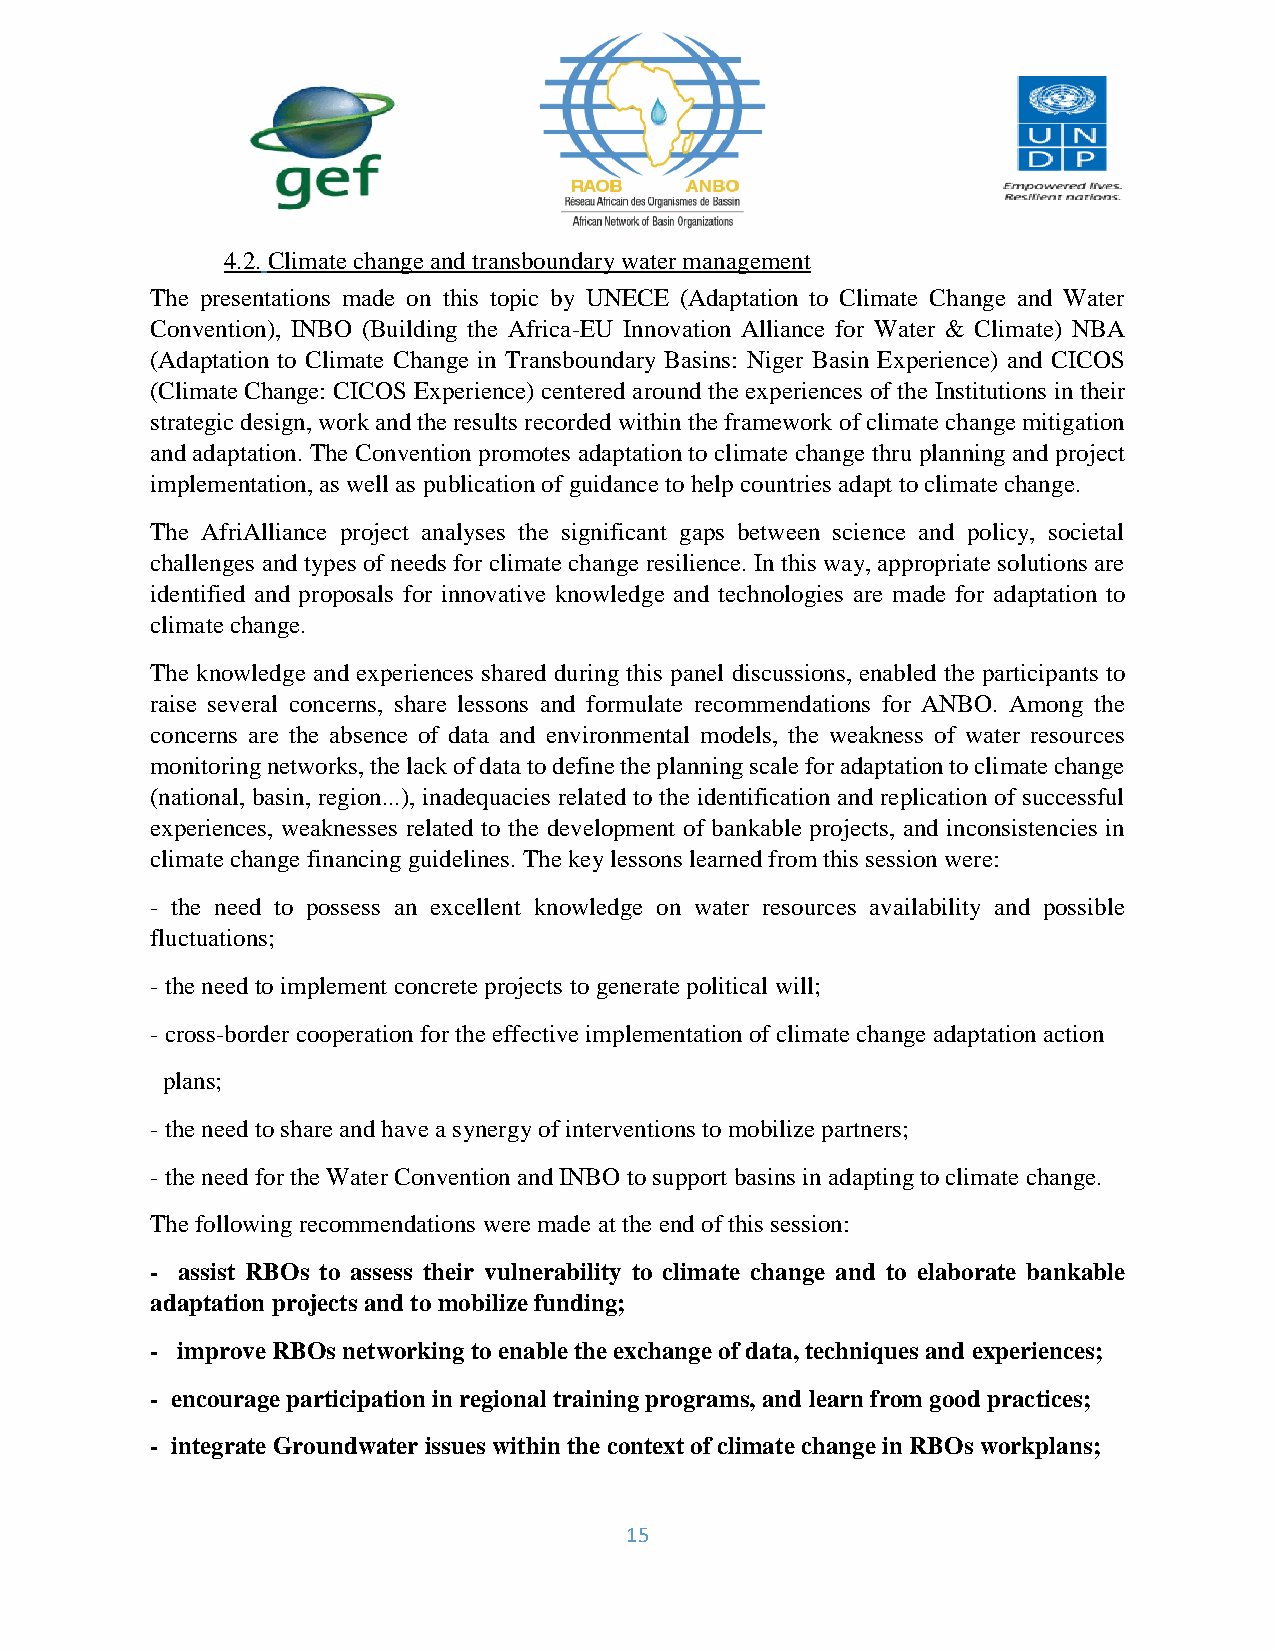
4.2. Climate change and transboundary water management
 The presentations made on this topic by UNECE (Adaptation to Climate Change and Water
 Convention), INBO (Building the Africa-EU Innovation Alliance for Water & Climate) NBA
 (Adaptation to Climate Change in Transboundary Basins: Niger Basin Experience) and CICOS
 (Climate Change: CICOS Experience) centered around the experiences of the Institutions in their
 strategic design, work and the results recorded within the framework of climate change mitigation
 and adaptation. The Convention promotes adaptation to climate change thru planning and project
 implementation, as well as publication of guidance to help countries adapt to climate change.
 The AfriAlliance project analyses the significant gaps between science and policy, societal
 challenges and types of needs for climate change resilience. In this way, appropriate solutions are
 identified and proposals for innovative knowledge and technologies are made for adaptation to
 climate change.
 The knowledge and experiences shared during this panel discussions, enabled the participants to
 raise several concerns, share lessons and formulate recommendations for ANBO. Among the
 concerns are the absence of data and environmental models, the weakness of water resources
 monitoring networks, the lack of data to define the planning scale for adaptation to climate change
 (national, basin, region...), inadequacies related to the identification and replication of successful
 experiences, weaknesses related to the development of bankable projects, and inconsistencies in
 climate change financing guidelines. The key lessons learned from this session were:
 - the need to possess an excellent knowledge on water resources availability and possible
 fluctuations;
 - the need to implement concrete projects to generate political will;
 - cross-border cooperation for the effective implementation of climate change adaptation action
 plans;
 - the need to share and have a synergy of interventions to mobilize partners;
 - the need for the Water Convention and INBO to support basins in adapting to climate change.
 The following recommendations were made at the end of this session:
 - assist RBOs to assess their vulnerability to climate change and to elaborate bankable
 adaptation projects and to mobilize funding;
 - improve RBOs networking to enable the exchange of data, techniques and experiences;
 - encourage participation in regional training programs, and learn from good practices;
 - integrate Groundwater issues within the context of climate change in RBOs workplans;
 15